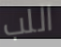
اللب